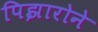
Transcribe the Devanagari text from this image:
पिझारोने